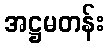
အဋ္ဌမတန်း